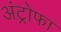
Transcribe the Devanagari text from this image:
अंट्रोफा